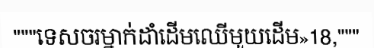
"""ទេសចរម្នាក់ដាំដើមឈើមួយដើម»18,"""